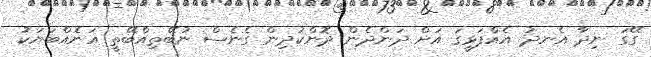
ގޭގަ ނިދާ އެނދު އެއްފަޅީގަ އަށް ދަންދެން ދޮންކުދިން ގެނެސް ނުބޭތިއްބޭތީ އަނެެއްބަޔަކު